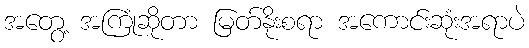
အတွေ့ အကြုံဆိုတာ မြတ်နိုးစရာ အကောင်းဆုံးအရာပဲ